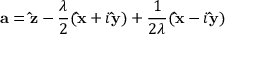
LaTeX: { \mathbf { a } } = { \mathbf { \hat { z } } } - { \frac { \lambda } { 2 } } ( { \mathbf { \hat { x } } } + i { \mathbf { \hat { y } } } ) + { \frac { 1 } { 2 \lambda } } ( { \mathbf { \hat { x } } } - i { \mathbf { \hat { y } } } )